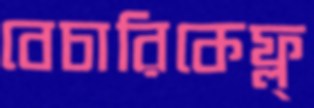
বেচারিকেফ্ল্